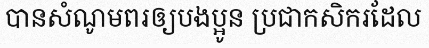
បានសំណូមពរឲ្យបងប្អូន ប្រជាកសិករដែល